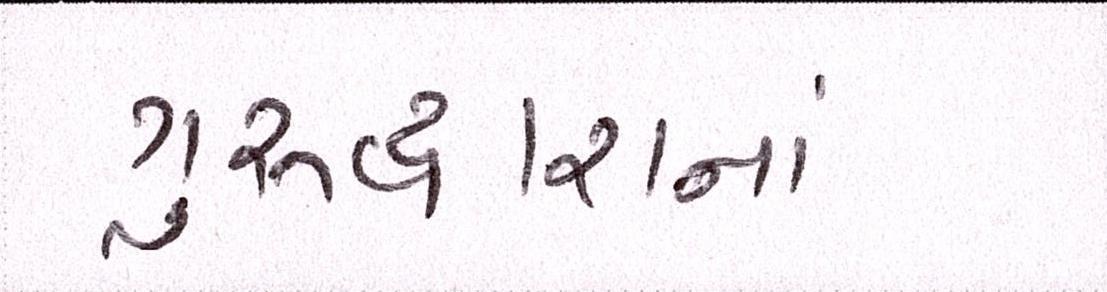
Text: ગુરુદ્વારાનાં